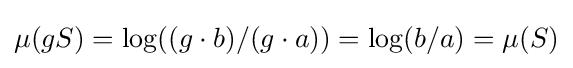
\mu (gS)=\log((g\cdot b)/(g\cdot a))=\log(b/a)=\mu (S)